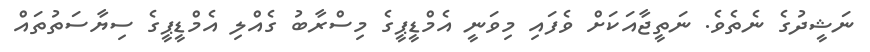
ނަޝީދުގެ ނެތެވެ. ނަތީޖާއަކަށް ވެފައި މިވަނީ އެމްޑީޕީގެ މިސްރާބު ގެއްލި އެމްޑީޕީގެ ސިޔާސަތުތައް